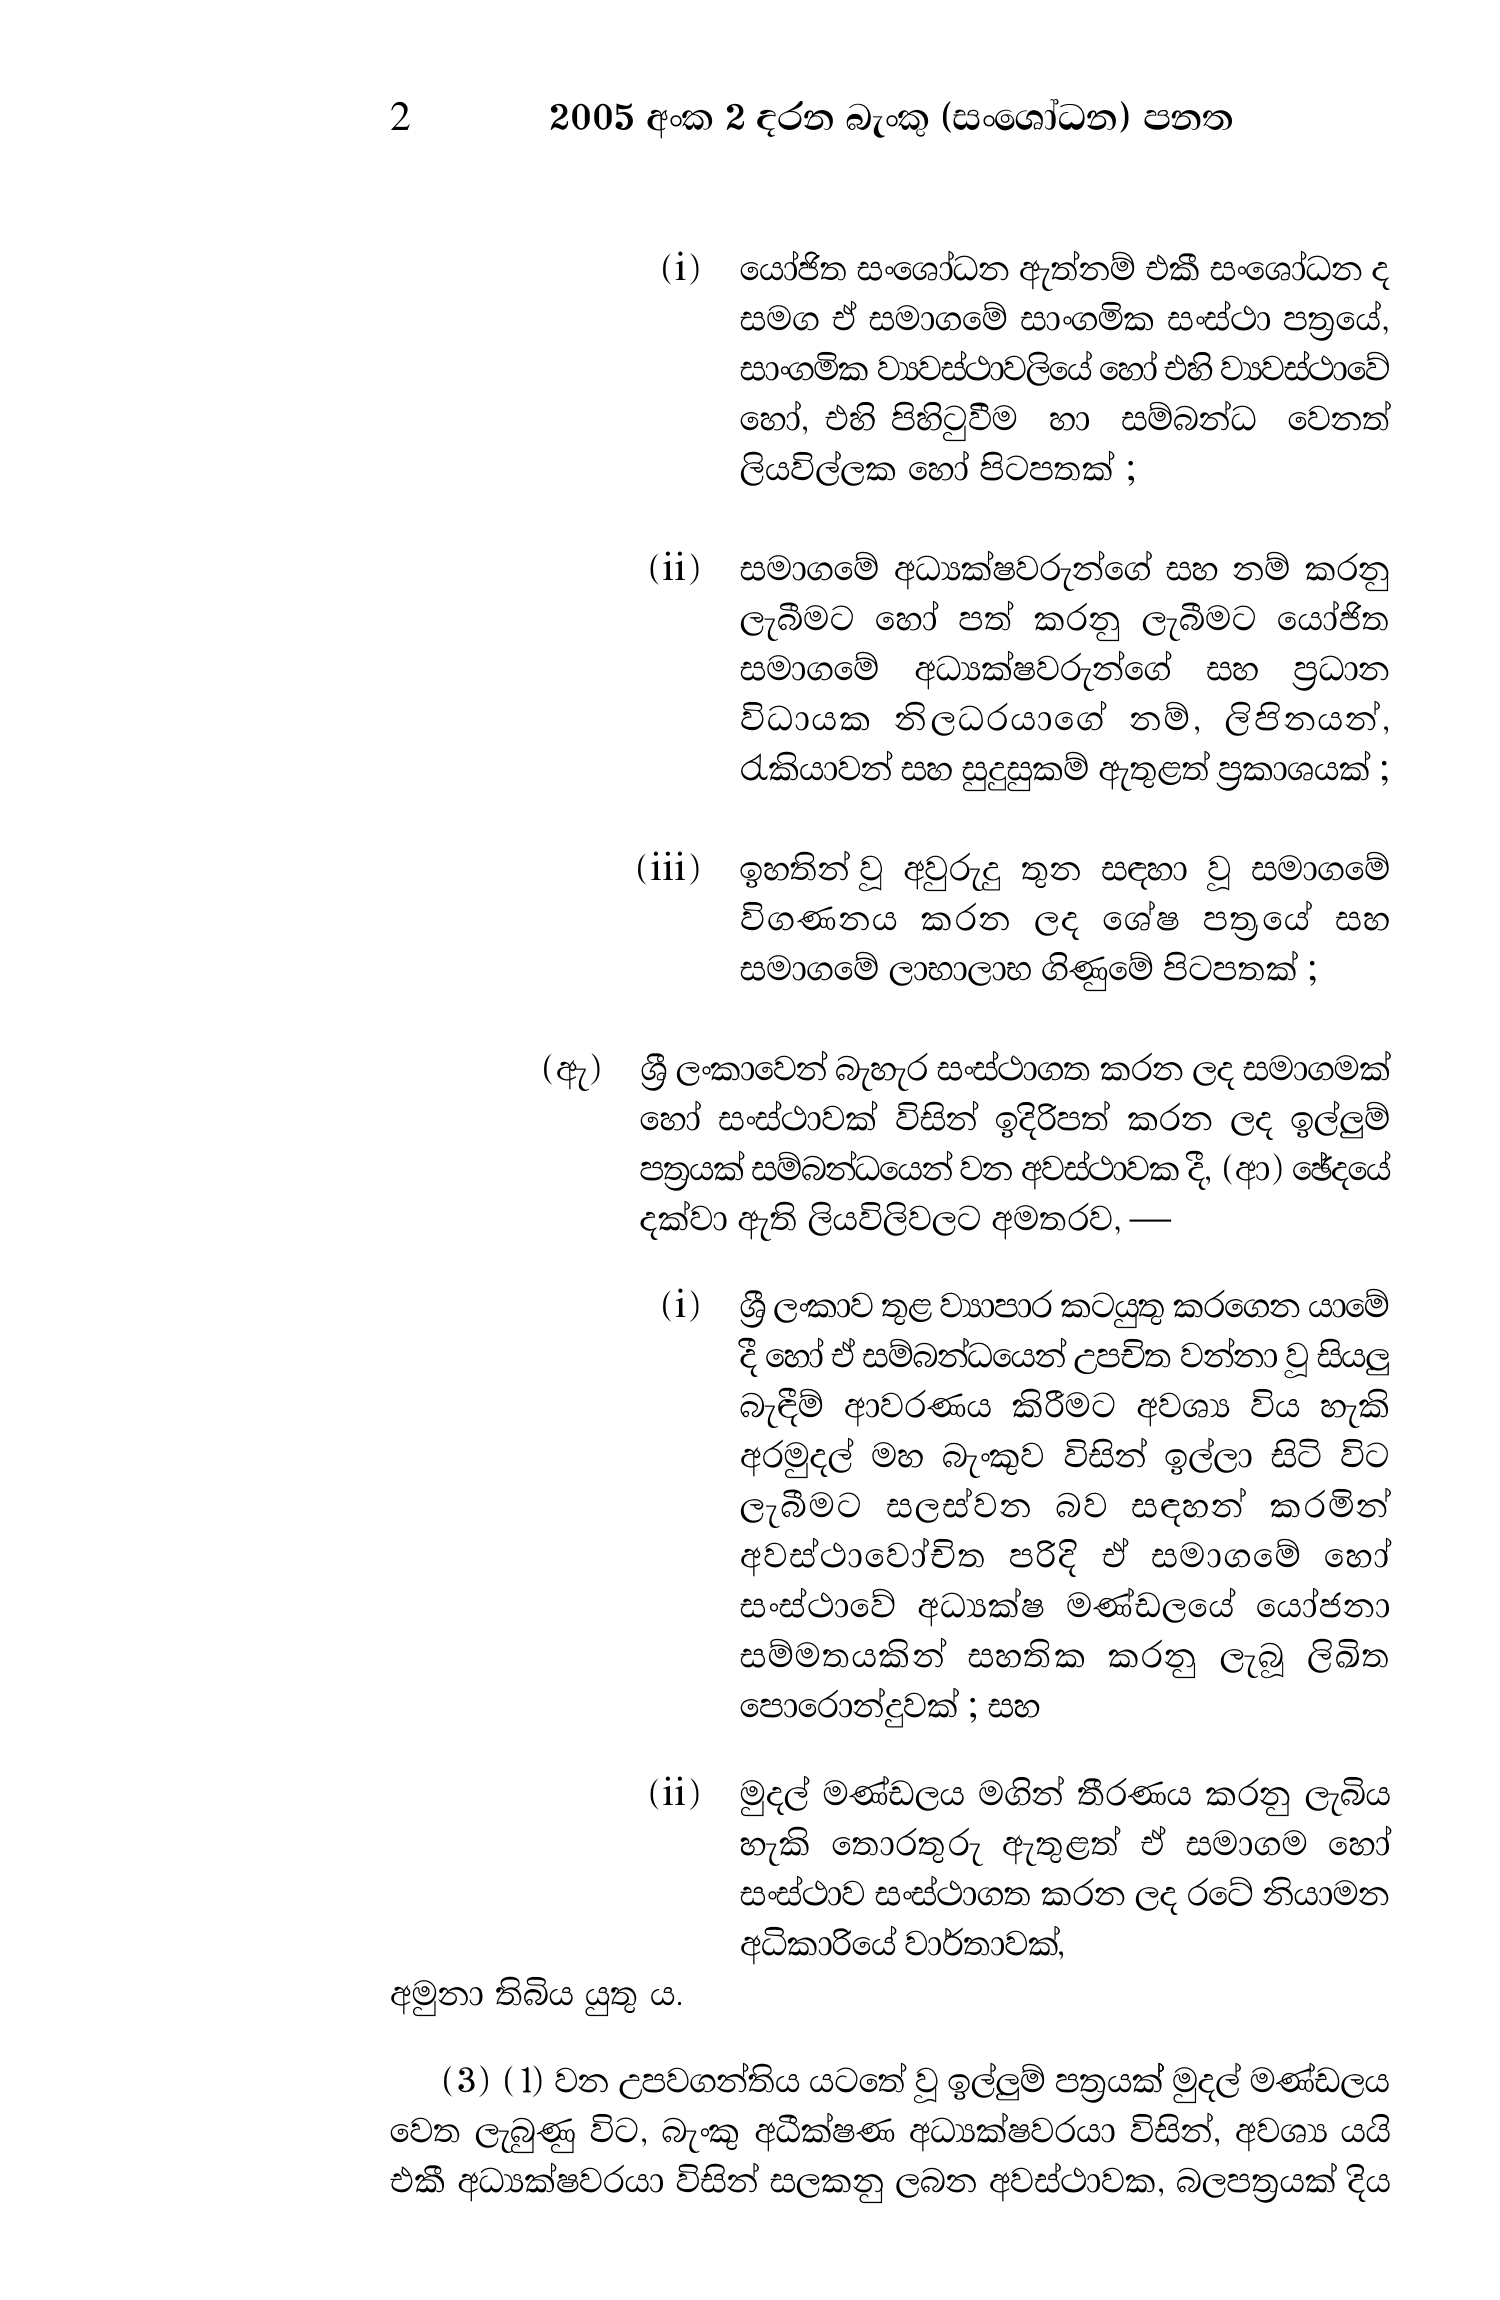
2 2005 අංක 2 දරන බැංකු (සංශෝධන) පනත

(i) යෝජිත සංශෝධන ඇත්නම් එකී සංශෝධන ද
සමග ඒ සමාගමේ සාංගමික සංස්ථා පත්‍රයේ,
සාංගමික ව්‍යවස්ථාවලියේ හෝ එහි ව්‍යවස්ථාවේ
හෝ, එහි පිහිටුවීම හා සම්බන්ධ වෙනත්
ලියවිල්ලක හෝ පිටපතක් ;

(ii) සමාගමේ අධ්‍යක්ෂවරුන්ගේ සහ නම් කරනු
ලැබීමට හෝ පත් කරනු ලැබීමට යෝජිත
සමාගමේ අධ්‍යක්ෂවරුන්ගේ සහ ප්‍රධාන
විධායක නිලධරයාගේ නම්, ලිපිනයන්,
රැකියාවන් සහ සුදුසුකම් ඇතුළත් ප්‍රකාශයක්;

(iii) ඉහතින් වූ අවුරුදු තුන සඳහා වූ සමාගමේ
විගණනය කරන ලද ශේෂ පත්‍රයේ සහ
සමාගමේ ලාභාලාභ ගිණුමේ පිටපතක් ;

(ඇ) ශ්‍රී ලංකාවෙන් බැහැර සංස්ථාගත කරන ලද සමාගමක්
හෝ සංස්ථාවක් විසින් ඉදිරිපත් කරන ලද ඉල්ලුම්
පත්‍රයක් සම්බන්ධයෙන් වන අවස්ථාවක දී, (ආ) ඡේදයේ
දක්වා ඇති ලියවිලිවලට අමතරව, —

(i) ශ්‍රී ලංකාව තුළ ව්‍යාපාර කටයුතු කරගෙන යාමේ
දී හෝ ඒ සම්බන්ධයෙන් උපචිත වන්නා වූ සියලු
බැඳීම් ආවරණය කිරීමට අවශ්‍ය විය හැකි
අරමුදල් මහ බැංකුව විසින් ඉල්ලා සිටි විට
ලැබීමට සලස්වන බව සඳහන් කරමින්
අවස්ථාවෝචිත පරිදි ඒ සමාගමේ හෝ
සංස්ථාවේ අධ්‍යක්ෂ මණ්ඩලයේ යෝජනා
සම්මතයකින් සහතික කරනු ලැබූ ලිඛිත
පොරොන්දුවක් ; සහ

(ii) මුදල් මණ්ඩලය මගින් තීරණය කරනු ලැබිය
හැකි තොරතුරු ඇතුළත් ඒ සමාගම හෝ
සංස්ථාව සංස්ථාගත කරන ලද රටේ නියාමන
අධිකාරියේ වාර්තාවක්,

අමුනා තිබිය යුතු ය.

(3) (1) වන උපවගන්තිය යටතේ වූ ඉල්ලුම් පත්‍රයක් මුදල් මණ්ඩලය
වෙත ලැබුණු විට, බැංකු අධීක්ෂණ අධ්‍යක්ෂවරයා විසින්, අවශ්‍ය යයි
එකී අධ්‍යක්ෂවරයා විසින් සලකනු ලබන අවස්ථාවක, බලපත්‍රයක් දිය